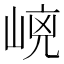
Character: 𡹕